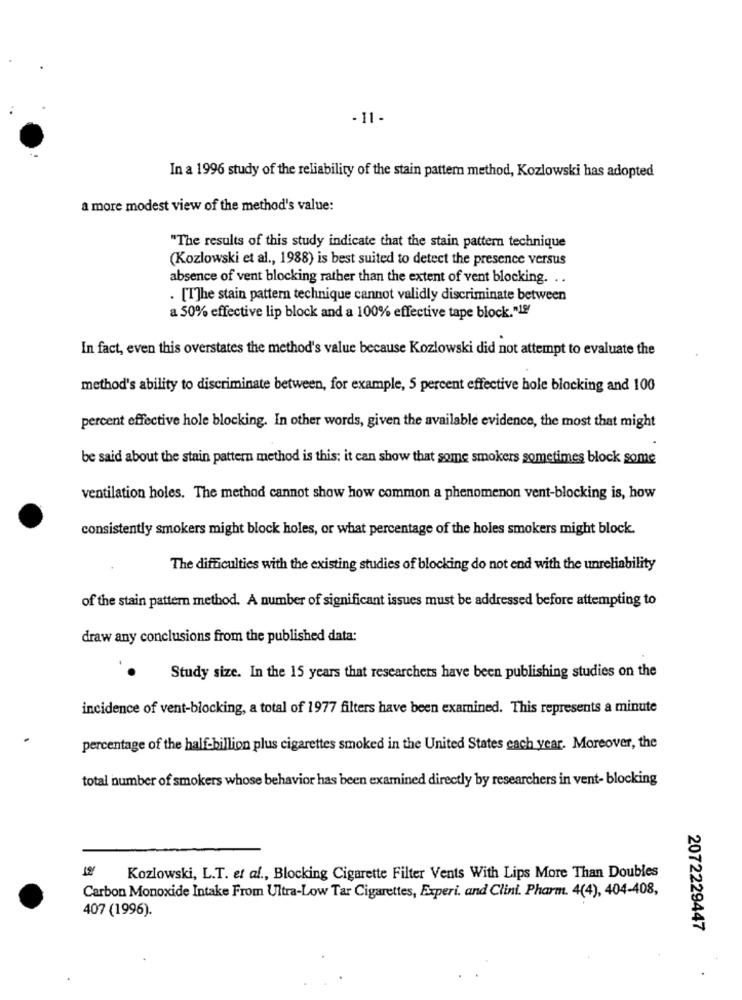
- 11-
In a 1996 study of the reliability of the stain pattern method, Kozlowski has adopted
a more modest view of the method's value:
"The results of this study indicate that the stain pattern technique
(Kozlowski et al ., 1988) is best suited to detect the presence versus
absence of vent blocking rather than the extent of vent blocking. ..
. [T]he stain pattern technique cannot validly discriminate between
a 50% effective lip block and a 100% effective tape block."19/
In fact, even this overstates the method's value because Kozlowski did not attempt to evaluate the
method's ability to discriminate between, for example, 5 percent effective hole blocking and 100
percent effective hole blocking. In other words, given the available evidence, the most that might
be said about the stain pattern method is this: it can show that some smokers sometimes block some
ventilation holes. The method cannot show how common a phenomenon vent-blocking is, how
consistently smokers might block holes, or what percentage of the holes smokers might block.
The difficulties with the existing studies of blocking do not end with the unreliability
of the stain pattern method. A number of significant issues must be addressed before attempting to
draw any conclusions from the published data:
Study size. In the 15 years that researchers have been publishing studies on the
incidence of vent-blocking, a total of 1977 filters have been examined. This represents a minute
percentage of the half-billion plus cigarettes smoked in the United States each year. Moreover, the
total number of smokers whose behavior has been examined directly by researchers in vent- blocking
Kozlowski, L.T. et al ., Blocking Cigarette Filter Vents With Lips More Than Doubles
Carbon Monoxide Intake From Ultra-Low Tar Cigarettes, Experi. and Clini. Pharm. 4(4), 404-408,
407 (1996).
2072229447